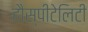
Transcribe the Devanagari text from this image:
हौस्पीटेलिटी